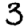
Digit: 3